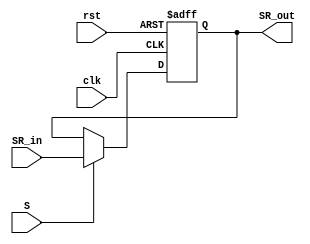
module Status_Reg(
    input clk, rst, S,
    input [3:0] SR_in,
    output reg [3:0] SR_out
);

    always @(negedge clk, posedge rst) begin
        if (rst) begin
            SR_out <= 4'b0;
        end
        else if (S == 1'b1) begin
            SR_out <= SR_in;
        end
    end

endmodule